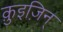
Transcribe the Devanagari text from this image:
क़ुइज़िन्